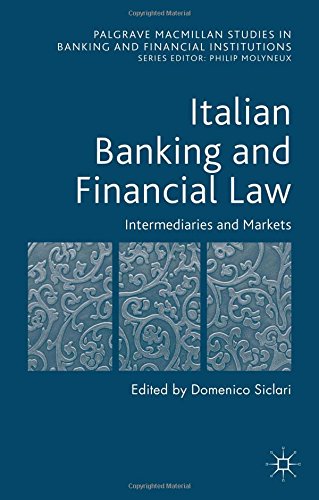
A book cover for Italian Banking and Financial Law: Intermediaries and Markets (Palgrave Macmillan Studies in Banking and Financial Institutions); Business & Money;